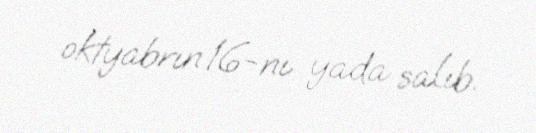
oktyabrın 16-nı yada salıb.